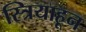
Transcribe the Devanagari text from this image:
स्त्रियाहून